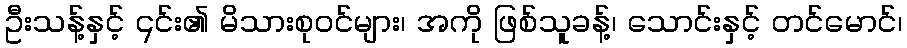
ဦးသန့်နှင့် ၎င်း၏ မိသားစုဝင်များ၊ အကို ဖြစ်သူခန့်၊ သောင်းနှင့် တင်မောင်၊